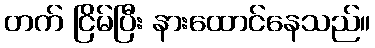
တက် ငြိမ်ပြီး နားထောင်နေသည်။